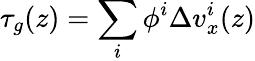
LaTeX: \tau_{g}(z)=\sum_{i}\phi^{i}\Delta v_{x}^{i}(z)